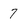
Character: 7